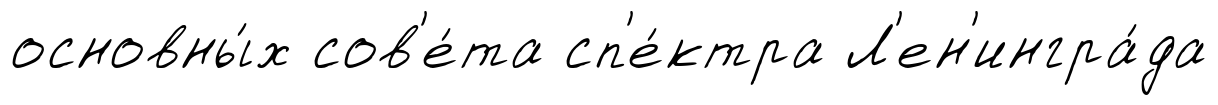
основны́х сов'е́та сп'е́ктра Л'ен'ингра́да